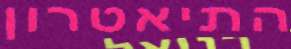
התיאטרון